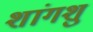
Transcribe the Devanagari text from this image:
शांगशु